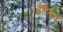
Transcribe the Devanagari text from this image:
वैल्पिक